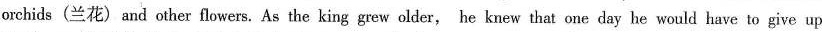
orchids (兰花) and other flowers. As the king grew older, he knew that one day he would have to give up